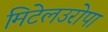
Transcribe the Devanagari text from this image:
मिटेलउरोपा